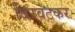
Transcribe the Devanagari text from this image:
बिरवटकर